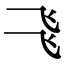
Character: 𠃧